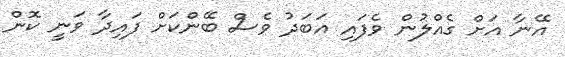
އޭނާ އަށް ގެއްލުން ވެފައި އަބަދު ވެސް ބޭންކަށް ފައިދާ ވަނީ ކޮން